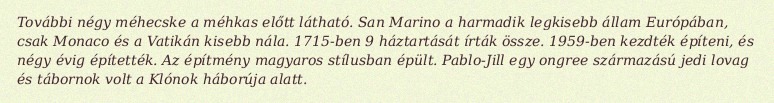
További négy méhecske a méhkas előtt látható. San Marino a harmadik legkisebb állam Európában, csak Monaco és a Vatikán kisebb nála. 1715-ben 9 háztartását írták össze. 1959-ben kezdték építeni, és négy évig építették. Az építmény magyaros stílusban épült. Pablo-Jill egy ongree származású jedi lovag és tábornok volt a Klónok háborúja alatt.